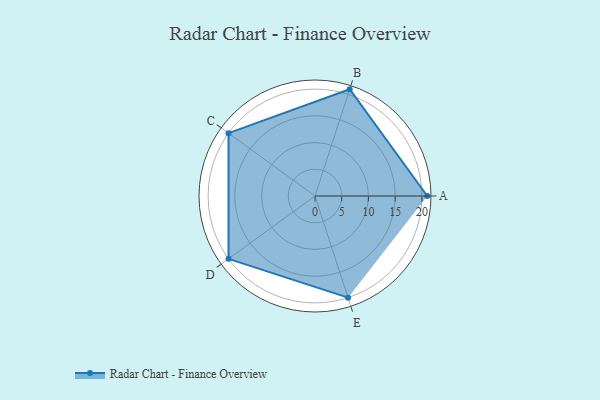
{"axis": {"x": "Skill", "y": "Score"}, "legend": ["Profile"], "data": [{"x": "A", "y": 21.0, "type": "Profile"}, {"x": "B", "y": 21.0, "type": "Profile"}, {"x": "C", "y": 20, "type": "Profile"}, {"x": "D", "y": 20, "type": "Profile"}, {"x": "E", "y": 20, "type": "Profile"}]}